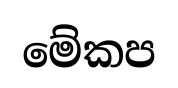
මේකප